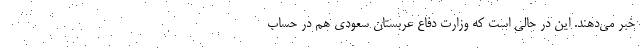
خبر می‌دهند. این در حالی است که وزارت دفاع عربستان سعودی هم در حساب